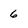
Character: 6